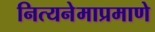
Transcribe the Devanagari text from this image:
नित्यनेमाप्रमाणे